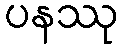
ပနဿု